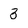
Character: 3